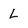
Character: L